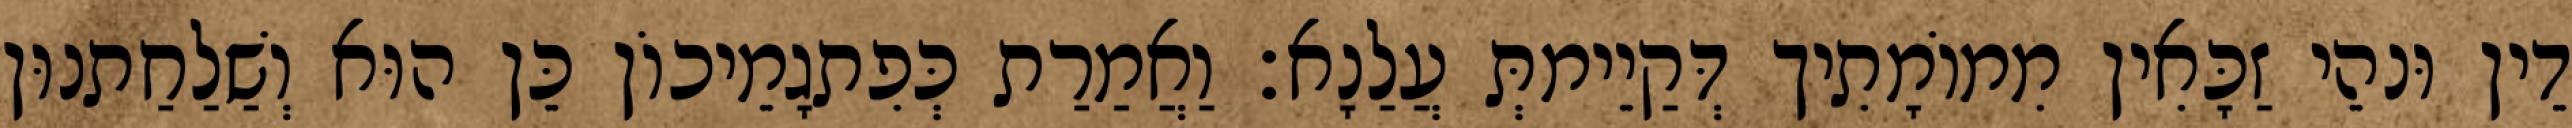
דֵין וּנהֵי זַכָּאִין מִמוֹמָתִיך דְּקַיֵימתְּ עֲלַנָא׃ וַאֲמַרַת כְּפִתגָמֵיכוֹן כֵּן הוּא וְשַׁלַחַתנוּן